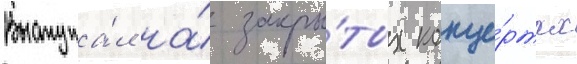
Выступа́л на́ закры́тых конце́ртах